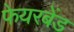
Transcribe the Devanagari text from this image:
फेयरबेंड